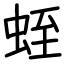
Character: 蛭